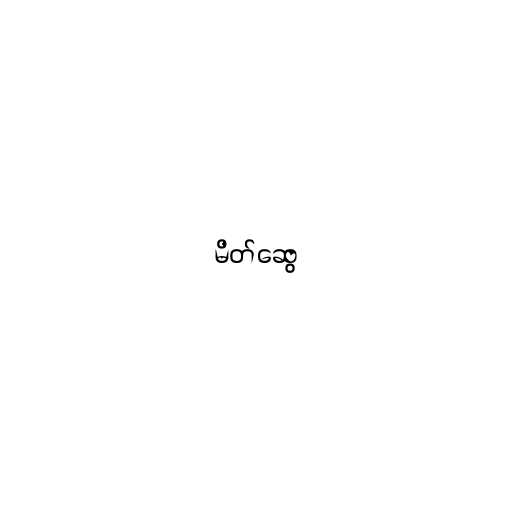
မိတ်ဆွေ